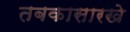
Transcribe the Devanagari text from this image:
तबकासारखे